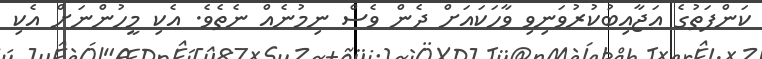
ކަންފަތުގެ އަޖާއިބުކުރުވަނިވި ވާހަކައަށް ދެން ވެސް ނިމުނެއް ނެތެވެ. އެކި މީހުންނަށް އެކި